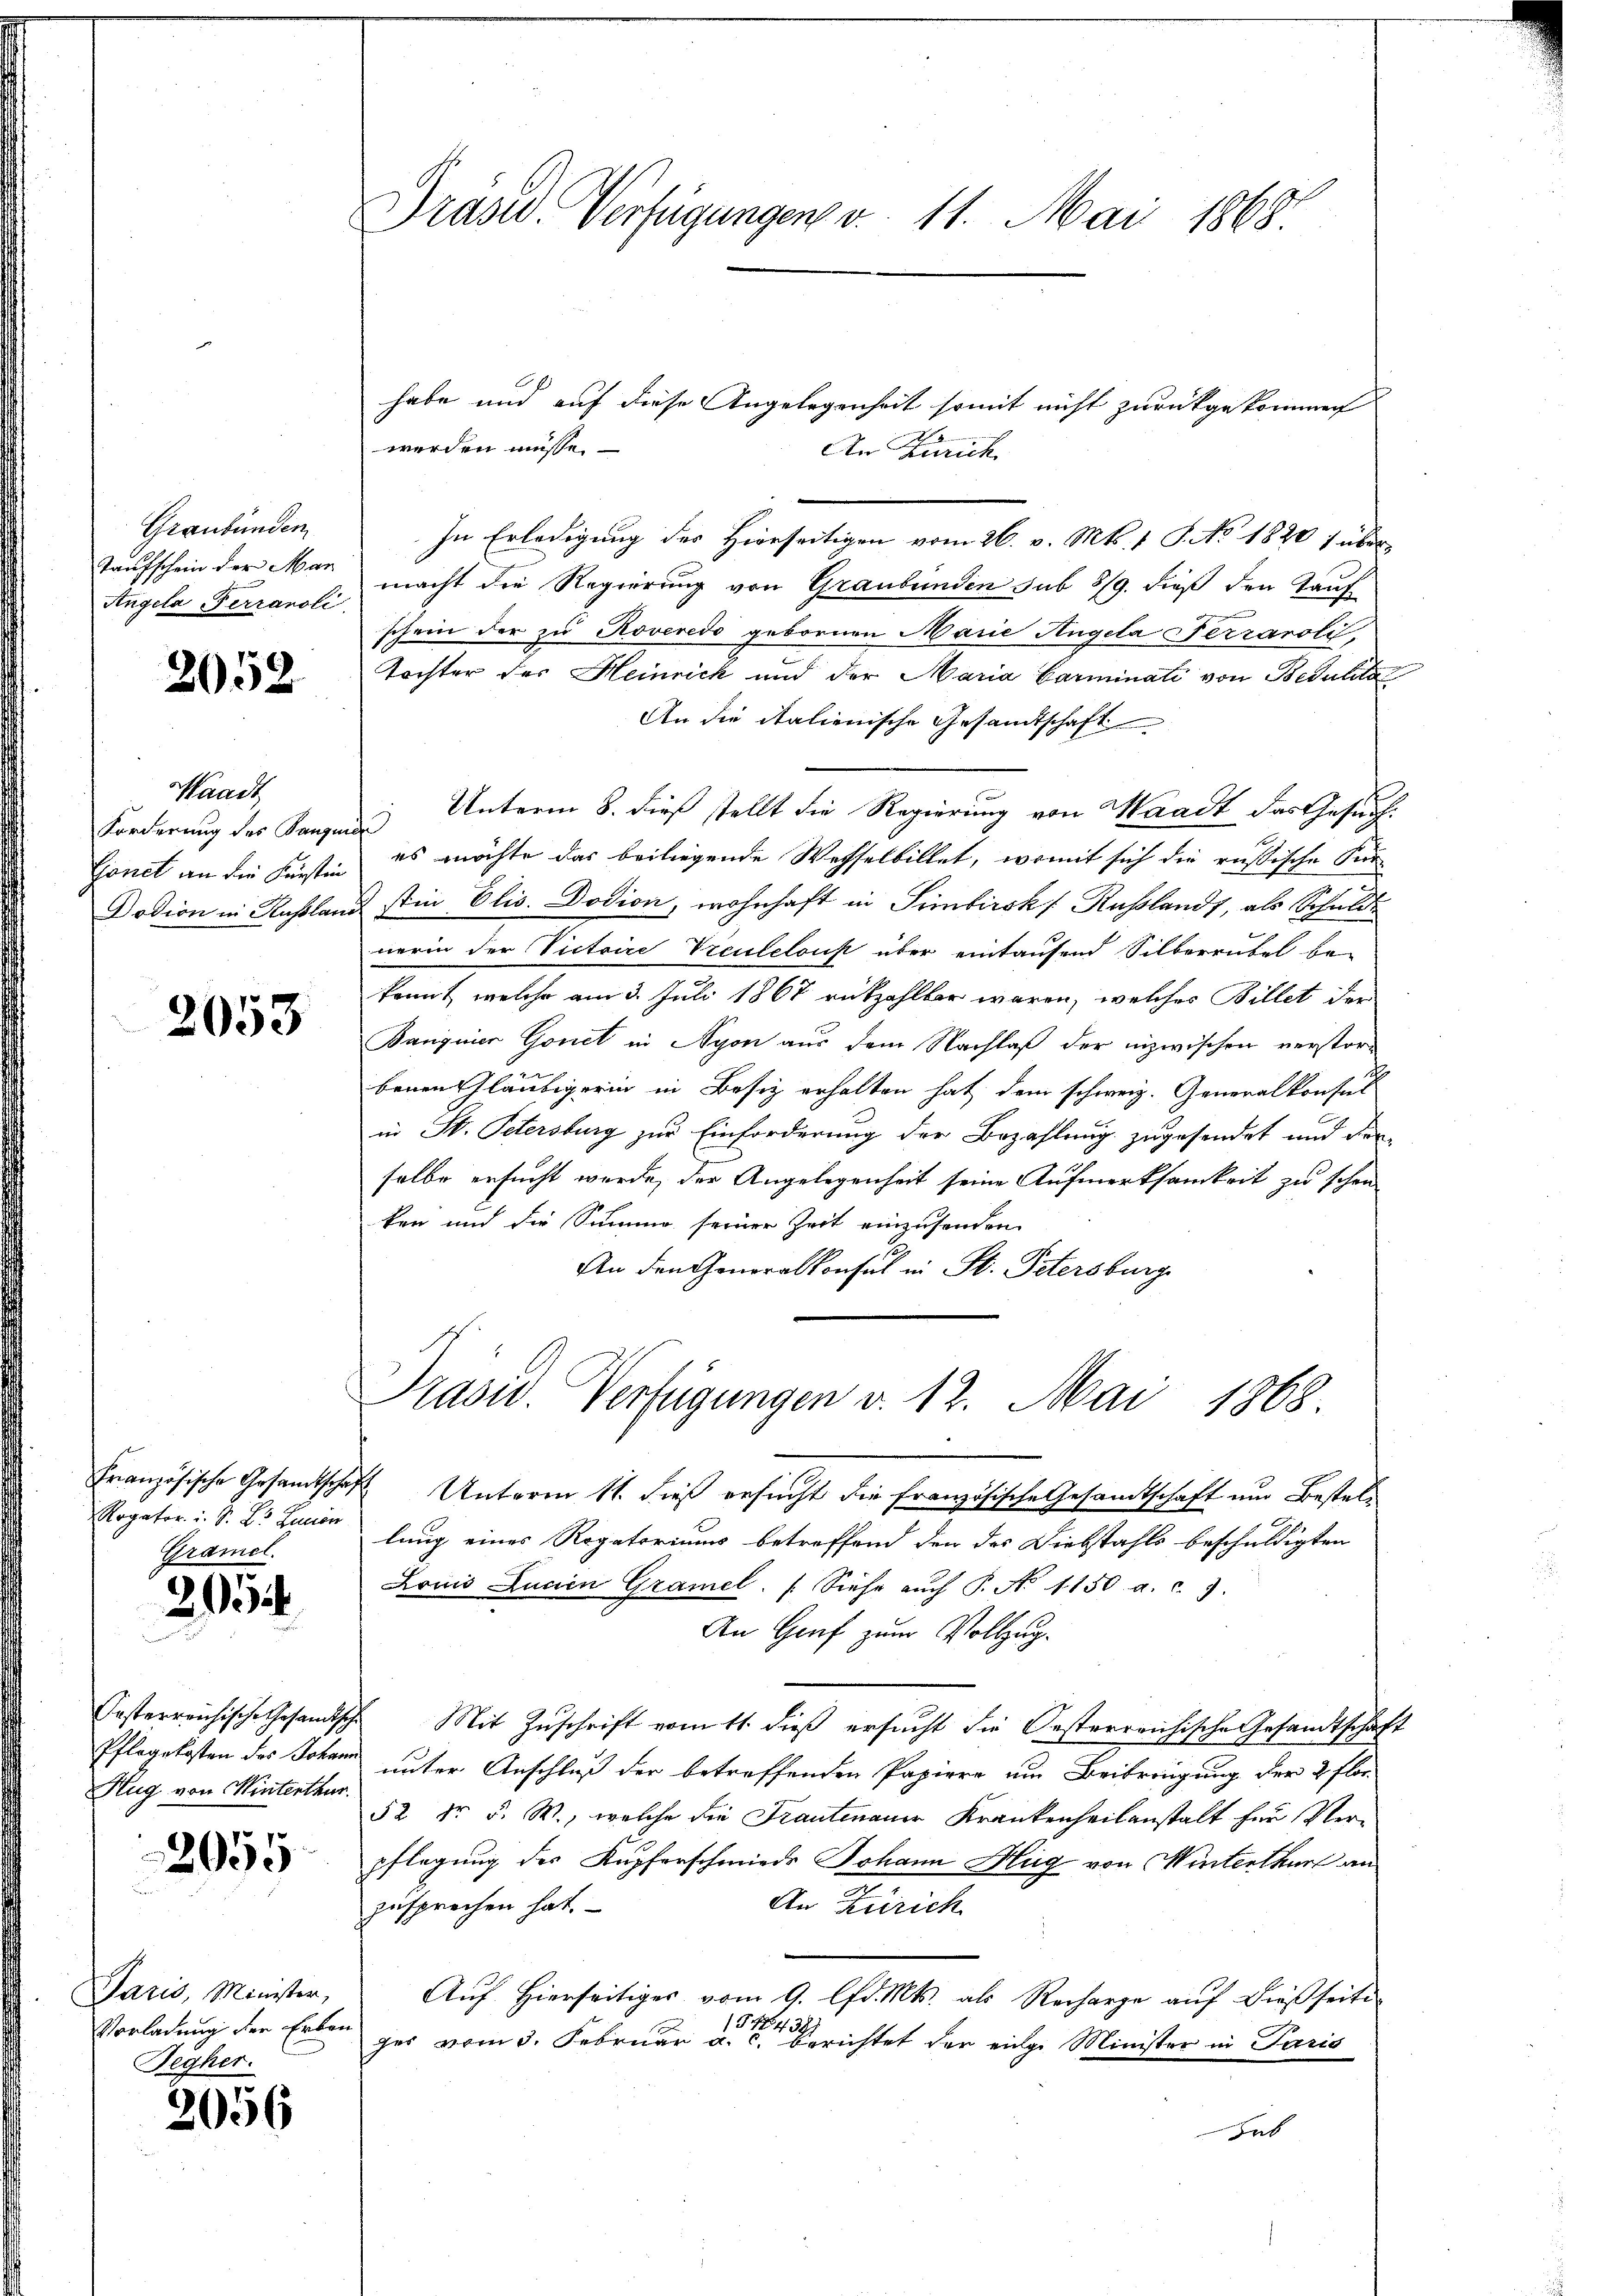
Graubünden
Taufschein der Man
Angela Ferranoli

2052

Waadt
Forderung des Kanzen
Bonet an die Fürstin

2053

Rogator u. S. B. Lucen
Gramel.

205.

Hug von Winterthur.

2055

Paris, Minister,
Vorladung der Erben
Fegher.

2056

Präsid. Verfügungen v. 11. Mai 1868.

habe und auf diese Angelegenheit somit nicht zurückgekommen
werden müsse.
An Zürich.
In Erledigung der Hierseitigen vom 26. v. Mts. 1 S. No. 1820 über
macht die Regierung von Graubünden sub 5/9. dieß den Tauf
schein der zu Roveredo gebornen Marie Angela Ferraroli
Tochter des Heinrick und der Maria Garminati von Bedulits
An die italienische Gesandtschaft
Unterm 8. dieß stellt die Regierung von Waadt das Gesuch
f
es möchte das beiliegende Wesselbillet, womit sich die russische Fur
Dodion in Rußland stin Elis. Dosion, wohnhaft in Simbirsk Russlands, als Schulde
nerin der Victoire Treuteloust über eintausend Silberrubel be-
konnt, welche am 3. Juli 1867 rükzahlbar waren, welches Billet der
Banguier Gonet in Nyon aus dem Nachlaß der inzwischen verstorbenen Gläubigerin in Besiz erhalten hat dem schweiz. Generalkonsul
in St. Petersburg zur Einforderung der Bezahlung zugesendet und der
salbe ersucht werde, der Angelegenheit seine Aufmerksamkeit zu schon
ken und die Summe seiner Zeit einzusenden
An den Generalkonsul in St. Petersburg
Prasis. Verfügungen v. 12. Mai 1868.
Französische Gesandtschaft Unterm 11. dieß ersucht die französische Gesandtschaft und Bestellung eines Rogatoriums betreffend den das Diebstahls beschuldigten
Louis Lucien Gramel. (Siehe auch P. No 1150 a. c. 7.
An Graf zum Vollzug.
Oesterreichische Gesandtische Mit Zŭschrift vom 11. dieß ersucht die Oesterreichische Gesandtschaf
Pflegekosten des Johann unter Anschluß der betreffenden Papiere um Beibringung der 2 flor
52 dr F. W., welche die Frantenaue Krankenheitanstalt für Verpflegung des Kupferschmiede Johann Hug von Winterthur an
An Zürich
zusprechen hat.
Auf Hierseitiges vom 9. lfd. Mts. als Recharge auf dießseite
54438.
zes vom 3. Februar a. c. berichtet der eige Minister in Paris
Lat